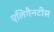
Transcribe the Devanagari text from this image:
एलिगैनटीस